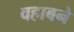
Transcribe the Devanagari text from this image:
वहाबने